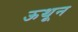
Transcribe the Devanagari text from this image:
ऊथून